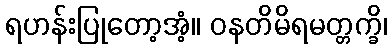
ရဟန်းပြုတော့အံ့။ ဝနတိမိရမတ္တက္ခိ၊